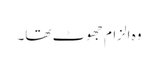
وہ الزام جھوٹ تھا۔